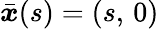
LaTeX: \bar{\boldsymbol{x}}(s)=(s,\, 0)